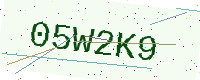
Text: 05W2K9